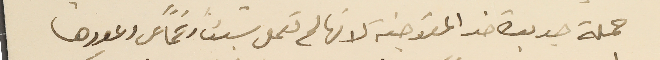
حملة جديدة ضد المفوصية لانها لم تعمل شيئاً رغمًا عن وعودها